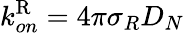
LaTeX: k_{on}^{\mathrm{R}}=4\pi\sigma_{R}D_{N}